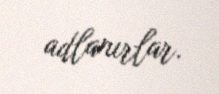
adlanırlar.